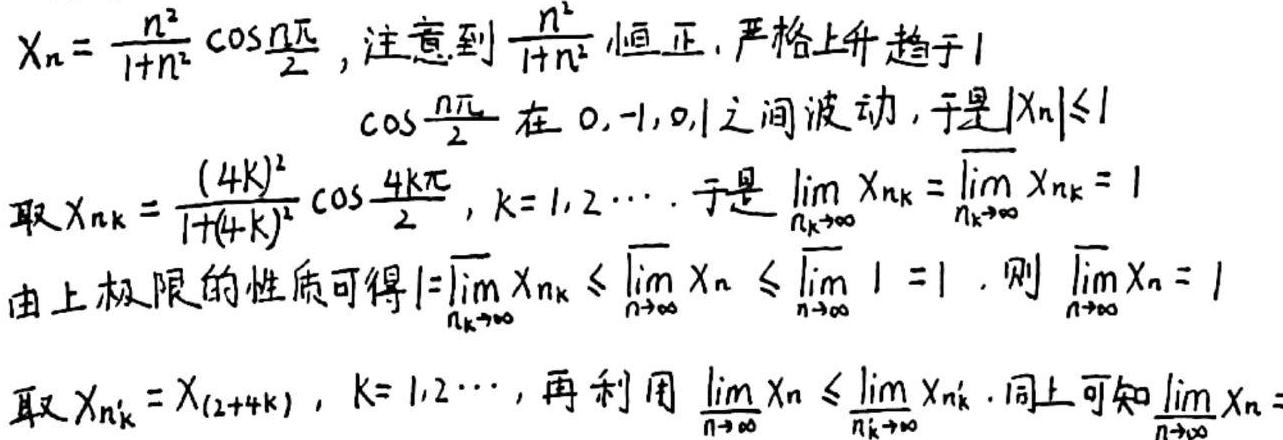
\[
\begin{align*}
X_n&=\frac{n^2}{1 + n^2}\cos\frac{n\pi}{2},\text{ 注意到 }\frac{n^2}{1 + n^2}\text{ 恒正，严格上升趋于}1\\
&\cos\frac{n\pi}{2}\text{ 在 }0,-1,0,1\text{ 之间波动，于是 }|X_n|\leq1\\
\text{取 }X_{n_k}&=\frac{(4k)^2}{1+(4k)^2}\cos\frac{4k\pi}{2},k = 1,2,\cdots.\text{ 于是 }\lim_{n_k\rightarrow\infty}X_{n_k}=\varlimsup_{n_k\rightarrow\infty}X_{n_k}=1\\
\text{由上极限的性质可得 }1&=\varlimsup_{n_k\rightarrow\infty}X_{n_k}\leq\varlimsup_{n\rightarrow\infty}X_n\leq\varlimsup_{n\rightarrow\infty}1 = 1.\text{ 则 }\varlimsup_{n\rightarrow\infty}X_n=1\\
\text{取 }X_{n_k'}&=X_{(2 + 4k)},k = 1,2,\cdots,\text{ 再利用 }\varliminf_{n\rightarrow\infty}X_n\leq\varliminf_{n_k'\rightarrow\infty}X_{n_k'}.\text{ 同上可知 }\varliminf_{n\rightarrow\infty}X_n=
\end{align*}
\]